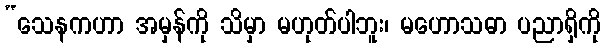
“သေနကဟာ အမှန်ကို သိမှာ မဟုတ်ပါဘူး၊ မဟောသဓာ ပညာရှိကို